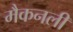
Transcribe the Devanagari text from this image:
मैकनली